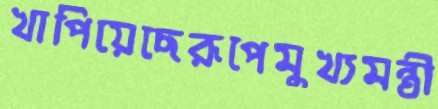
খাপিয়েছেরূপেমুখ্যমন্ত্রী